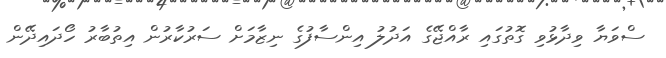
ސްވަޔާ ވިދާޅުވި ގޮތުގައި ރާއްޖޭގެ އަދުލު އިންސާފުގެ ނިޒާމަށް ސަރުކާރުން އިތުބާރު ހޯދައިދޭން